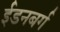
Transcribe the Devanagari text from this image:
ईडनबर्ग